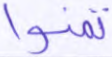
تمنوا